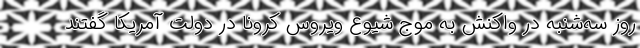
روز سه‌شنبه در واکنش به موج شیوع ویروس کرونا در دولت آمریکا گفتند